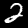
Digit: 2